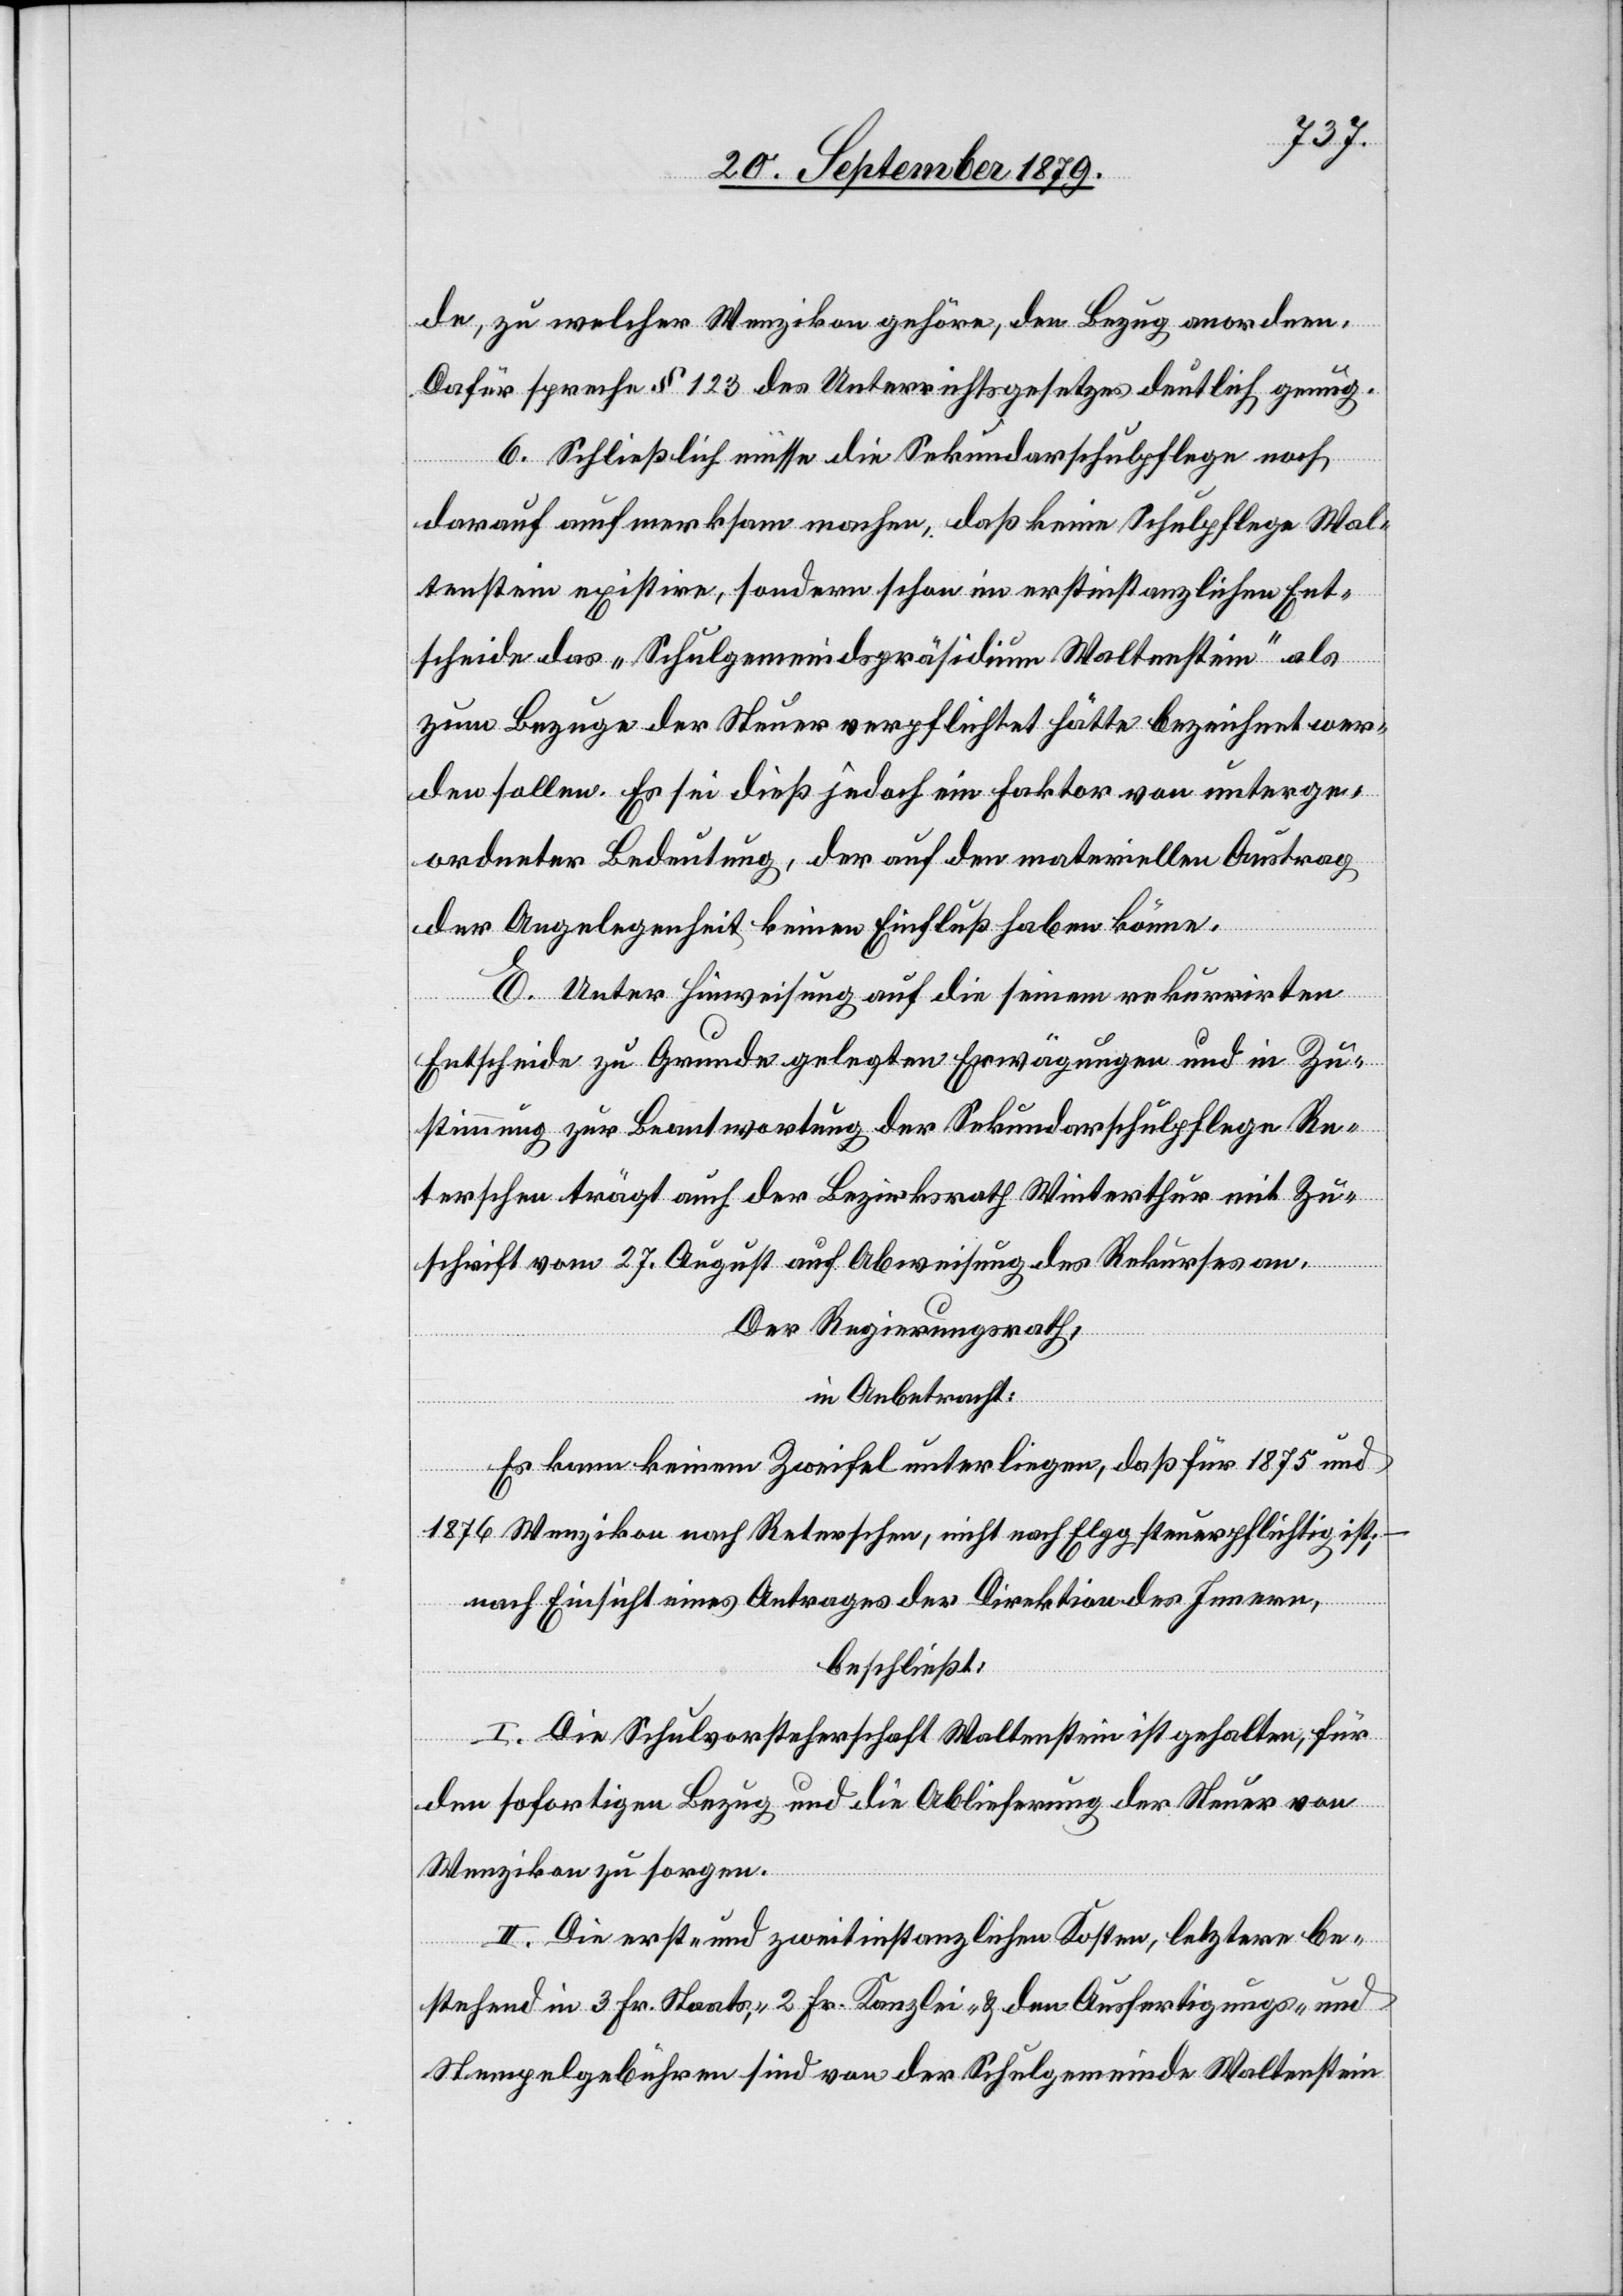
de, zu welcher Wenzikon gehöre, den Bezug anordnen.
Dafür spreche § 123 des Unterrichtsgesetzes deutlich genug.
6. Schließlich müsse die Sekundarschulpflege noch
darauf aufmerksam machen, daß keine Schulpflege Wal¬
tenstein existire, sondern schon im erstinstanzlichen Ent¬
scheide das „Schulgemeindspräsidium Waltenstein“ als
zum Bezuge der Steuer verpflichtet hätte bezeichnet wer¬
den sollen. Es sei dieß jedoch ein Faktor von unterge¬
ordneter Bedeutung, der auf den materiellen Austrag
der Angelegenheit keinen Einfluß haben könne.
E. Unter Hinweisung auf die seinem rekurrirten
Entscheide zu Grunde gelegten Erwägungen und in Zu¬
stimmung zur Beantwortung der Sekundarschulpflege Re¬
terschen trägt auch der Bezirksrath Winterthur mit Zu¬
schrift vom 27. August auf Abweisung des Rekurses an.
Der Regierungsrath,
in Anbetracht:
Es kann keinem Zweifel unterliegen, daß für 1875 und
1876 Wenzikon nach Reterschen, nicht nach Elgg steuerpflichtig ist;
nach Einsicht eines Antrages der Direktion des Innern,
beschließt:
I. Die Schulvorsteherschaft Waltenstein ist gehalten, für
den sofortigen Bezug und die Ablieferung der Steuer von
Wenzikon zu sorgen.
II. Die erst- und zweitinstanzlichen Kosten, letztere be¬
stehend in 3 Fr. Staats-, 2 Fr. Kanzlei- & den Ausfertigungs- und
Stempelgebühren sind von der Schulgemeinde Waltenstein